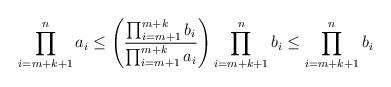
LaTeX: \begin{align*}\prod_{i=m+k+1}^na_i \leq \left( \frac{ \prod_{i=m+1}^{m+k} b_i}{ \prod_{i=m+1}^{m+k} a_i } \right) \prod_{i=m+k+1}^nb_i \leq \prod_{i=m+k+1}^nb_i\end{align*}